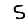
Digit: 5